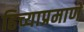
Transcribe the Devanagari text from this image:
हिच्याप्रमाणे